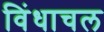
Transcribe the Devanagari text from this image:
विंधाचल